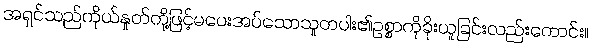
အရှင်သည်ကိုယ်နှုတ်တို့ဖြင့်မပေးအပ်သောသူတပါး၏ဥစ္စာကိုခိုးယူခြင်းလည်းကောင်း။